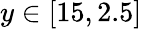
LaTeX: y\in\left[15,2.5\right]